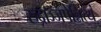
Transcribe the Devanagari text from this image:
रुद्राञ्जपेन्नित्यं